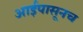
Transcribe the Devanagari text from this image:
आईपासूनच